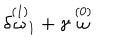
LaTeX: \delta \stackrel { ( 1 ) } { \omega } _ { 1 } + \gamma \stackrel { ( 0 ) } { \omega }